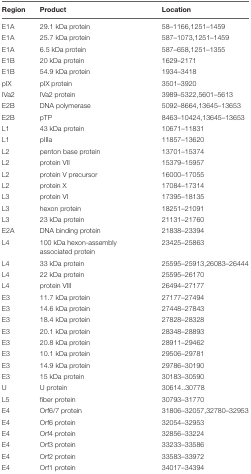
<table><thead><tr><td><b>Region</b></td><td><b>Product</b></td><td><b>Location</b></td></tr></thead><tbody><tr><td>E1A</td><td>29.1 kDa protein</td><td>58–1166,1251–1459</td></tr><tr><td>E1A</td><td>25.7 kDa protein</td><td>587–1073,1251–1459</td></tr><tr><td>E1A</td><td>6.5 kDa protein</td><td>587–658,1251–1355</td></tr><tr><td>E1B</td><td>20 kDa protein</td><td>1629–2171</td></tr><tr><td>E1B</td><td>54.9 kDa protein</td><td>1934–3418</td></tr><tr><td>pIX</td><td>pIX protein</td><td>3501–3920</td></tr><tr><td>IVa2</td><td>IVa2 protein</td><td>3989–5322,5601–5613</td></tr><tr><td>E2B</td><td>DNA polymerase</td><td>5092–8664,13645–13653</td></tr><tr><td>E2B</td><td>pTP</td><td>8463–10424,13645–13653</td></tr><tr><td>L1</td><td>43 kDa protein</td><td>10671–11831</td></tr><tr><td>L1</td><td>pIIIa</td><td>11857–13620</td></tr><tr><td>L2</td><td>penton base protein</td><td>13701–15374</td></tr><tr><td>L2</td><td>protein VII</td><td>15379–15957</td></tr><tr><td>L2</td><td>protein V precursor</td><td>16000–17055</td></tr><tr><td>L2</td><td>protein X</td><td>17084–17314</td></tr><tr><td>L3</td><td>protein VI</td><td>17395–18135</td></tr><tr><td>L3</td><td>hexon protein</td><td>18251–21091</td></tr><tr><td>L3</td><td>23 kDa protein</td><td>21131–21760</td></tr><tr><td>E2A</td><td>DNA binding protein</td><td>21838–23394</td></tr><tr><td>L4</td><td>100 kDa hexon-assembly associated protein</td><td>23425–25863</td></tr><tr><td>L4</td><td>33 kDa protein</td><td>25595–25913,26083–26444</td></tr><tr><td>L4</td><td>22 kDa protein</td><td>25595–26170</td></tr><tr><td>L4</td><td>protein VIII</td><td>26494–27177</td></tr><tr><td>E3</td><td>11.7 kDa protein</td><td>27177–27494</td></tr><tr><td>E3</td><td>14.6 kDa protein</td><td>27448–27843</td></tr><tr><td>E3</td><td>18.4 kDa protein</td><td>27828–28328</td></tr><tr><td>E3</td><td>20.1 kDa protein</td><td>28348–28893</td></tr><tr><td>E3</td><td>20.8 kDa protein</td><td>28911–29462</td></tr><tr><td>E3</td><td>10.1 kDa protein</td><td>29506–29781</td></tr><tr><td>E3</td><td>14.9 kDa protein</td><td>29786–30190</td></tr><tr><td>E3</td><td>15 kDa protein</td><td>30183–30590</td></tr><tr><td>U</td><td>U protein</td><td>30614..30778</td></tr><tr><td>L5</td><td>fiber protein</td><td>30793–31770</td></tr><tr><td>E4</td><td>Orf6/7 protein</td><td>31806–32057,32780–32953</td></tr><tr><td>E4</td><td>Orf6 protein</td><td>32054–32953</td></tr><tr><td>E4</td><td>Orf4 protein</td><td>32856–33224</td></tr><tr><td>E4</td><td>Orf3 protein</td><td>33233–33586</td></tr><tr><td>E4</td><td>Orf2 protein</td><td>33583–33972</td></tr><tr><td>E4</td><td>Orf1 protein</td><td>34017–34394</td></tr></tbody></table>